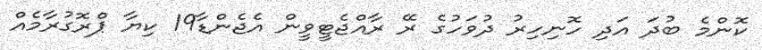
ކޮންމެ ބުދަ އަދި ހޮނިހިރު ދުވަހުގެ ރޭ ރާއްޖެޓީވީން އެޖެންޑާ19 ކިޔާ ޕްރޮގުރާމެއް